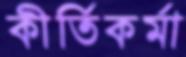
কীর্তিকর্মা